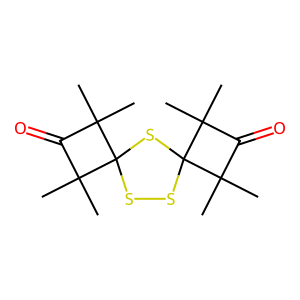
SMILES: CC1(C)C(=O)C(C)(C)C12SSC1(S2)C(C)(C)C(=O)C1(C)C
Inhibits HIV replication: No